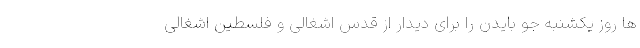
ها روز یکشنبه جو بایدن را برای دیدار از قدس اشغالی و فلسطین اشغالی